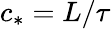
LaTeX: c_{*}=L/\tau